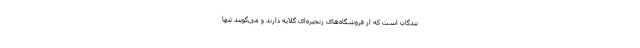
نندگان است که از فروشگاه‌های زنجیره‌ای گلایه دارند و می‌گویند تنها